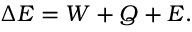
\Delta { } E = W + Q + E .